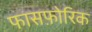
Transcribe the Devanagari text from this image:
फासफ़ोरिक